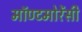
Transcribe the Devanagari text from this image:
मॉण्टमोरेंसी